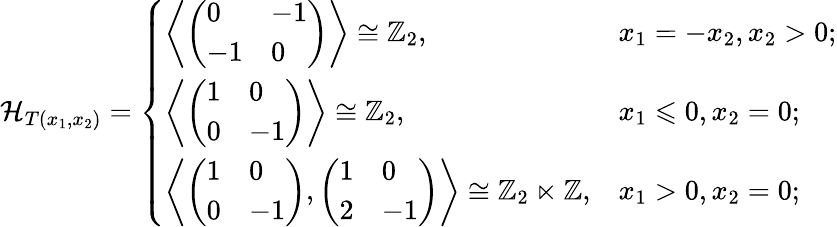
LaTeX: {\mathcal H}_{T(x_{1},x_{2})}=\left\{ \begin{array}{ll}{\left\langle\left(\begin{array}{ll}{0}&{-1}\\ {-1}&{0}\end{array}\right)\right\rangle\cong\mathbb{Z}_{2},}&{x_{1}=-x_{2},x_{2}>0;}\\ {\left\langle\left(\begin{array}{ll}{1}&{0}\\ {0}&{-1}\end{array}\right)\right\rangle\cong\mathbb{Z}_{2},}&{x_{1}\leqslant 0,x_{2}=0;}\\ {\left\langle\left(\begin{array}{ll}{1}&{0}\\ {0}&{-1}\end{array}\right),\left(\begin{array}{ll}{1}&{0}\\ {2}&{-1}\end{array}\right)\right\rangle\cong\mathbb{Z}_{2}\ltimes\mathbb{Z},}&{x_{1}>0,x_{2}=0;}\end{array}\right.